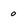
Character: 0